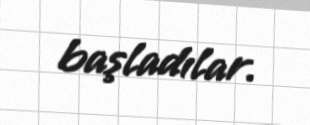
başladılar.